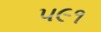
૫૯૧